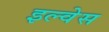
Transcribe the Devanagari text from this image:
इल्वेस